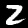
Label: 2